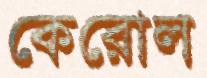
কেরোল